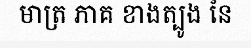
មាត្រ ភាគ ខាងត្បូង នៃ